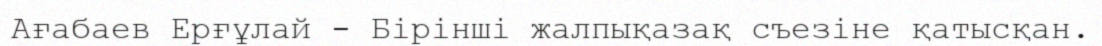
Ағабаев Ерғұлай - Бірінші жалпықазақ съезіне қатысқан.